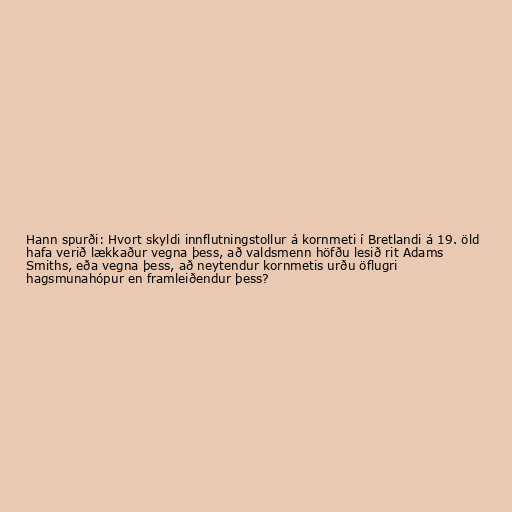
Hann spurði: Hvort skyldi innflutningstollur á kornmeti í Bretlandi á 19. öld
hafa verið lækkaður vegna þess, að valdsmenn höfðu lesið rit Adams
Smiths, eða vegna þess, að neytendur kornmetis urðu öflugri
hagsmunahópur en framleiðendur þess?